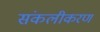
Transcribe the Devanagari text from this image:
संकलीकरण